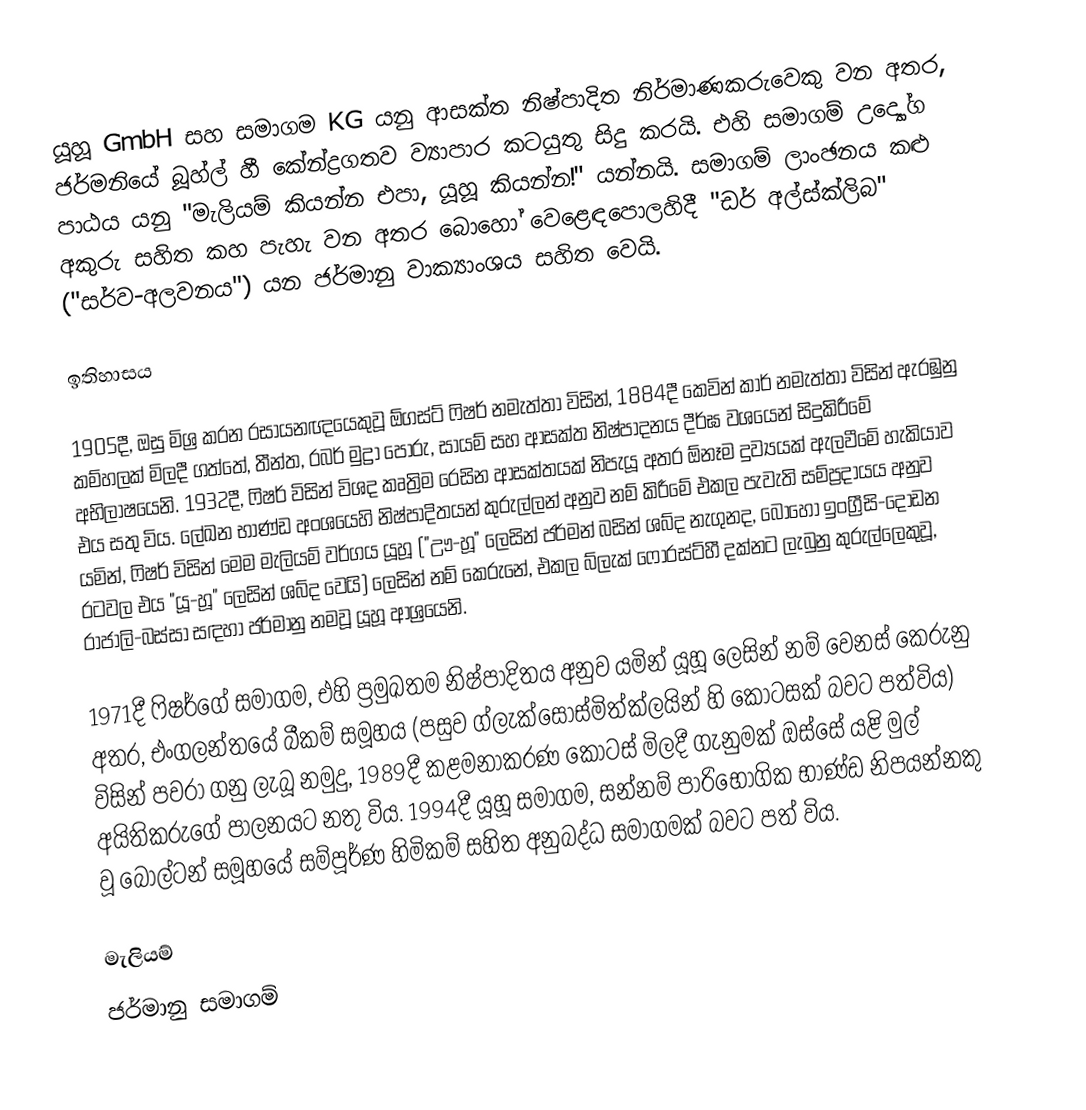
යූහූ GmbH සහ සමාගම KG යනු ආසක්ත නිෂ්පාදිත නිර්මාණකරුවෙකු වන අතර, ජර්මනියේ බූහ්ල් හී කේන්ද්‍රගතව ව්‍යාපාර කටයුතු සිදු කරයි. එහි සමාගම් උද්‍යෝග පාඨය යනු "මැලියම් කියන්න එපා, යූහූ කියන්න!" යන්නයි.  සමාගම් ලාංඡනය කළු අකුරු සහිත කහ පැහැ වන අතර බොහෝ වෙළෙඳපොලහිදී  "ඩර් අල්ස්ක්ලිබ" ("සර්ව-අලවනය") යන ජර්මානු වාක්‍යාංශය සහිත වෙයි.

ඉතිහාසය

1905දී, ඔසු මිශ්‍ර කරන රසායනඥයෙකුවූ  ඕගස්ට් ෆිෂර් නමැත්තා විසින්,  1884දී කෙවින් කාර් නමැත්තා විසින් ඇරඹුනු කම්හලක් මිලදී ගත්තේ,  තීන්ත, රබර් මුද්‍රා පෝරු, සායම් සහ ආසක්ත නිෂ්පාදනය දීර්ඝ වශයෙන් සිදුකිරීමේ අභිලාෂයෙනි. 1932දී, ෆිෂර් විසින් විශද කෘත්‍රිම රෙසින ආසක්තයක් නිපැයූ අතර ඕනෑම දුව්‍යයක් ඇලවීමේ හැකියාව එය සතු විය. ලේඛන භාණ්ඩ අංශයෙහි නිෂ්පාදිතයන් කුරුල්ලන් අනුව නම් කිරීමේ එකල පැවැති සම්ප්‍රදායය අනුව යමින්, ෆිෂර් විසින් මෙම මැලියම් වර්ගය යූහූ ("ඌ-හූ" ලෙසින් ජර්මන් බසින් ශබ්ද නැගුනද, බොහෝ ඉංග්‍රීසි-දොඩන රටවල එය "යූ-හූ" ලෙසින් ශබ්ද වෙයි) ලෙසින් නම් කෙරුනේ, එකල  බ්ලැක් ෆොරස්ට්හී දක්නට ලැබුනු කුරුල්ලෙකුවූ, රාජාලි-බස්සා සඳහා ජර්මානු නමවූ  යූහූ ආශ්‍රයෙනි.

1971දී  ෆිෂර්ගේ සමාගම, එහි ප්‍රමුඛතම නිෂ්පාදිතය අනුව යමින් යූහූ ලෙසින් නම් වෙනස් කෙරුනු අතර,  එංගලන්තයේ බීකම් සමූහය (පසුව ග්ලැක්සෝස්මිත්ක්ලයින් හි කොටසක් බවට පත්විය) විසින් පවරා ගනු ලැබූ නමුදු, 1989දී  කළමනාකරණ කොටස් මිලදී ගැනුමක් ඔස්සේ යළි මුල් අයිතිකරුගේ පාලනයට නතු විය. 1994දී  යූහූ සමාගම, සන්නම් පාරිභෝගික භාණ්ඩ නිපයන්නකු වූ   බෝල්ටන් සමූහයේ සම්පූර්ණ හිමිකම් සහිත අනුබද්ධ සමාගමක් බවට පත් විය.

මැලියම්
ජර්මානු සමාගම්